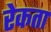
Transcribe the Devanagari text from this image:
रेकता